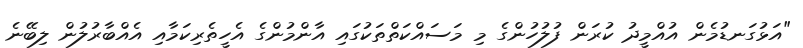
"އަޅުގަނޑުމެން އުއްމީދު ކުރަން ފުލުހުންގެ މި މަސައްކަތްތަކުގައި އާންމުންގެ އެހީތެރިކަމާއި އެއްބާރުލުން ލިބޭނެ